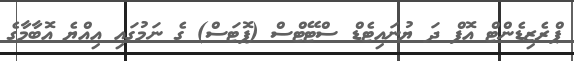
ޕްރެޒިޑެންޓް އޮފް ދަ ޔުނައިޓެޑް ސްޓޭޓްސް (ޕޮޓަސް) ގެ ނަމުގައި އިއްޔެ އޮބާމާގެ